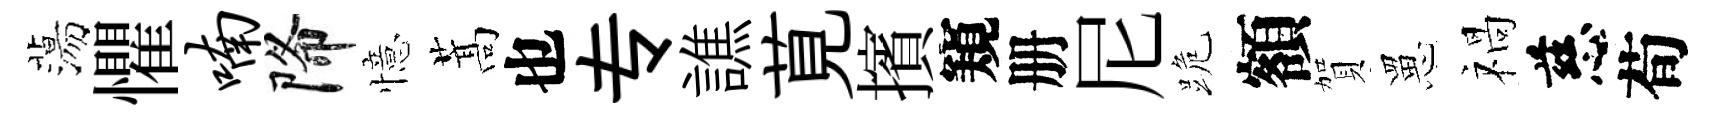
蕩懼喃降憶蒿也专譙莧擯窺册尼跪額賀罳禍慈荀